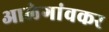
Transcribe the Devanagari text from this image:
आलेगांवकर